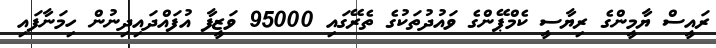
ރައީސް ޔާމީންގެ ރިޔާސީ ކެމްޕޭންގެ ވައުދުތަކުގެ ތެރޭގައި 95000 ވަޒީފާ އުފައްދައިދިނުން ހިމަނާފައި